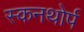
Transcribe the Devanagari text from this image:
स्कनथोर्प